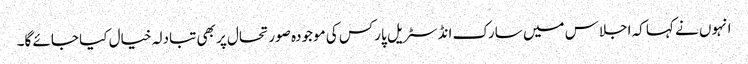
انہوں نے کہا کہ اجلاس میں سارک انڈسٹریل پارکس کی موجودہ صورتحال پر بھی تبادلہ خیال کیا جائے گا۔